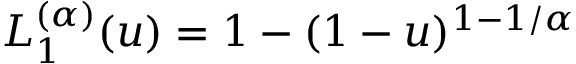
L _ { 1 } ^ { ( \alpha ) } ( u ) = 1 - ( 1 - u ) ^ { 1 - 1 / \alpha }